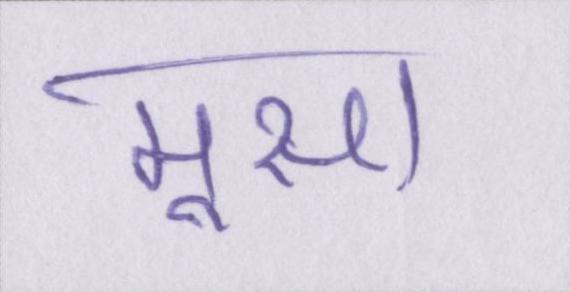
मूसा